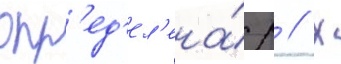
опр'ед'ел'ена́ р // Х